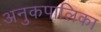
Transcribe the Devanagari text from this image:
अनुकपालिका